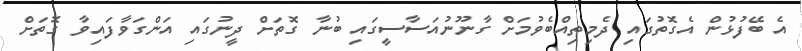
އެ ބޭފުޅުން އެގޮތުގައި ދެމިތިއްބެވުމަށް ގާނޫނުއަސާސީގައި ބުނާ ގޮތަށް ދީނުގައި އަންގަވާފައިވާ ގޮތަށް